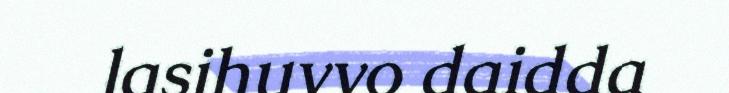
lasihuvvo daidda